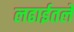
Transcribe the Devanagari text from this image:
लढाईतले